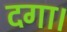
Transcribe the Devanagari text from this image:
दगा।